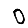
Digit: 0